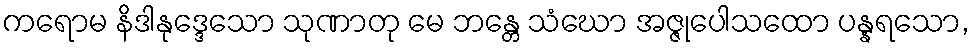
ကရောမ နိဒါနုဒ္ဒေသော သုဏာတု မေ ဘန္တေ သံဃော အဇ္ဇုပေါသထော ပန္နရသော,